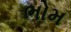
ભોમ